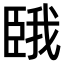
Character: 𫇇